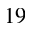
^ { 1 9 }